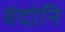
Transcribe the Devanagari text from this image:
वंदोनि